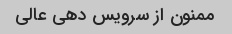
ممنون از سرویس دهی عالی